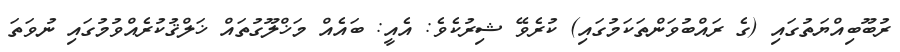
ރުބޫބިއްޔަތުގައި (ގެ ރައްބުވަންތަކަމުގައި) ކުރެވޭ ޝިރުކެވެ: އެއީ: ބައެއް މަޚްލޫގުތައް ޚަލްޤުކުރެއްވުމުގައި ނުވަތަ